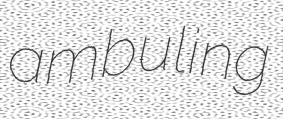
ambuling